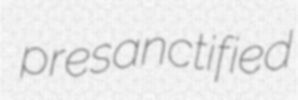
presanctified